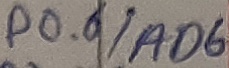
Text: P0.6/AD6